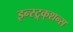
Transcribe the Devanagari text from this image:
इन्स्ट्र्क्शन्स